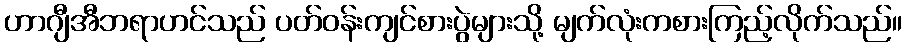
ဟာဂျီအီဘရာဟင်သည် ပတ်ဝန်းကျင်စားပွဲများသို့ မျက်လုံးကစားကြည့်လိုက်သည်။